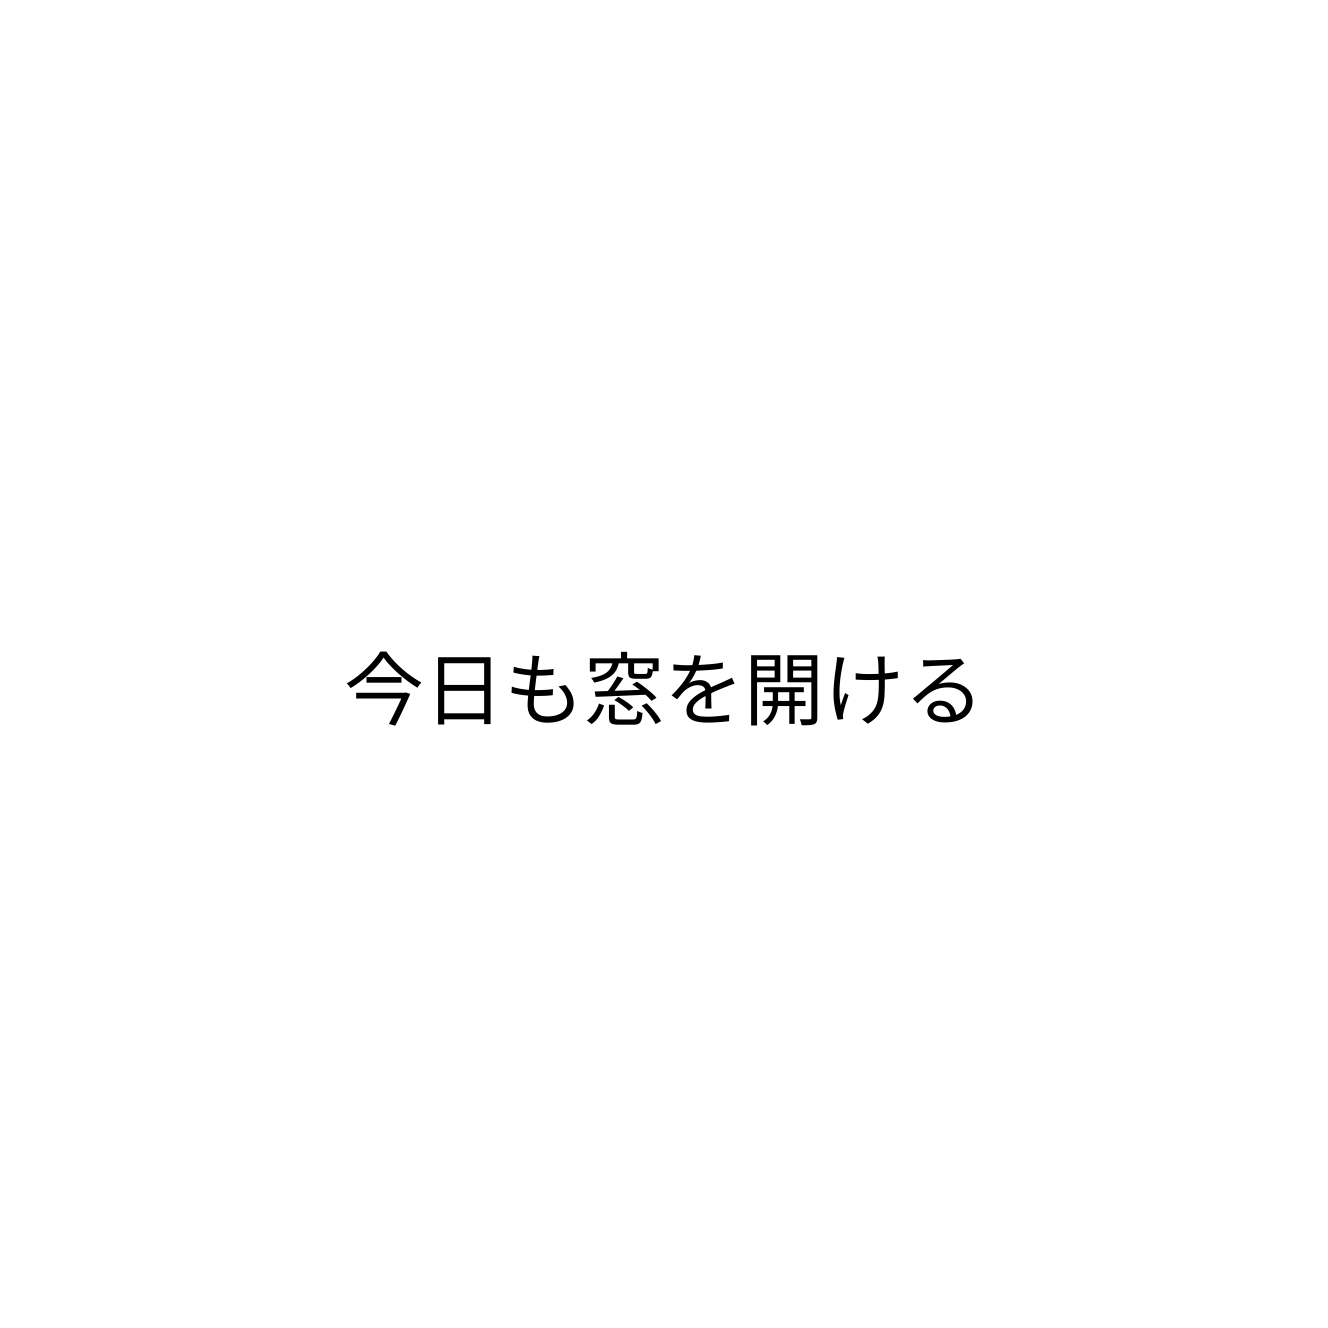
今日も窓を開ける